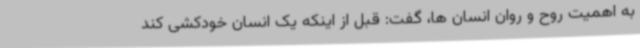
به اهمیت روح و روان انسان ها، گفت: قبل از اینکه یک انسان خودکشی کند